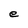
Character: e